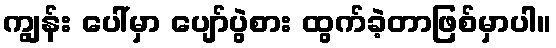
ကျွန်း ပေါ်မှာ ပျော်ပွဲစား ထွက်ခဲ့တာဖြစ်မှာပါ။